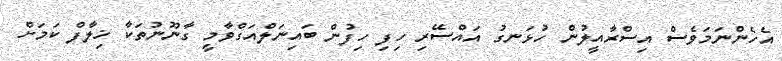
އެހެންނަމަވެސް އިސްރާއީލުން ހުޅަނގު އައްސޭރި ހިފި ހިފުން ބައިނަލްއަގްވާމީ ގާނޫނުތަކާ ޚިލާފް ކަމަށް